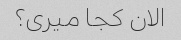
الان کجا میری؟